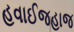
હવાઈજહાજ